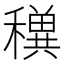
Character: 𥣕